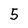
Character: 5